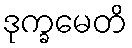
ဒုက္ခမေတိ